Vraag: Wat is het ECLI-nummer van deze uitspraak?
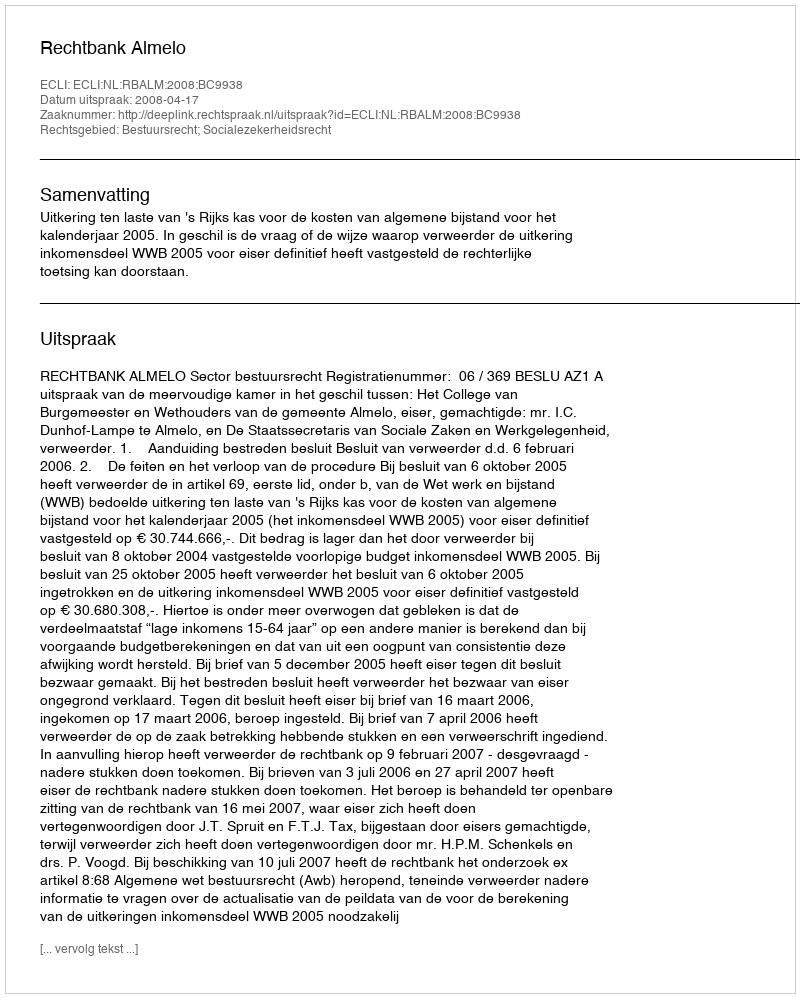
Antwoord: ECLI:NL:RBALM:2008:BC9938